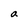
Character: a